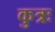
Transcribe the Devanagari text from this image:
कुत्रः